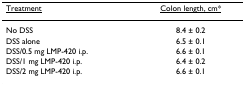
<table><thead><tr><td><b><underline>Treatment</underline></b></td><td><b><underline>Colon length, cm*</underline></b></td></tr></thead><tbody><tr><td>No DSS</td><td>8.4 ± 0.2</td></tr><tr><td>DSS alone</td><td>6.5 ± 0.1</td></tr><tr><td>DSS/0.5 mg LMP-420 i.p.</td><td>6.6 ± 0.1</td></tr><tr><td>DSS/1 mg LMP-420 i.p.</td><td>6.4 ± 0.2</td></tr><tr><td>DSS/2 mg LMP-420 i.p.</td><td>6.6 ± 0.1</td></tr></tbody></table>